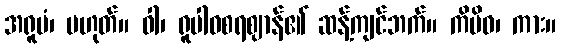
အရူပံ၊ မဟုတ်။ ဝါ၊ ရူပါဝစရဈာန်၏ ဆန့်ကျင်ဘက်။ ကိမိဝ၊ ကား။